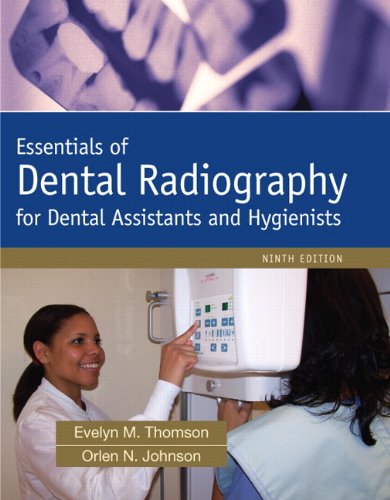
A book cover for Essentials of Dental Radiography (9th Edition); Evelyn Thomson; Medical Books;